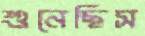
শুনেছিস